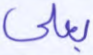
بعلي